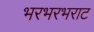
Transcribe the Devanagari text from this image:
भरभरभराट